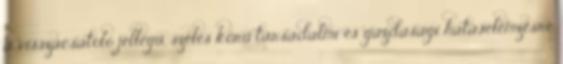
a visszacsatoló jellegű, széles körű társadalmi és gazdasági hatáselemzésre